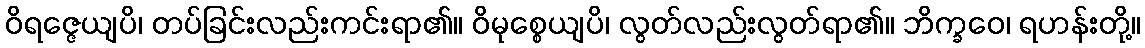
ဝိရဇ္ဇေယျပိ၊ တပ်ခြင်းလည်းကင်းရာ၏။ ဝိမုစ္စေယျပိ၊ လွတ်လည်းလွတ်ရာ၏။ ဘိက္ခဝေ၊ ရဟန်းတို့။